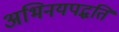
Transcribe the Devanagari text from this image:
अभिनयपद्धति